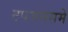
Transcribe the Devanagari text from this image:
टपजमसमे